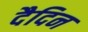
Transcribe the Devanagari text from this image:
दैदिन